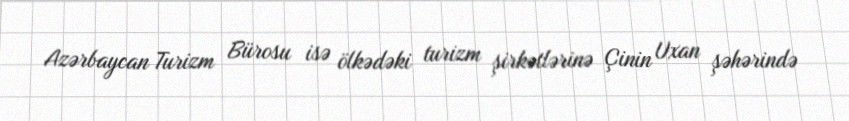
Azərbaycan Turizm Bürosu isə ölkədəki turizm şirkətlərinə Çinin Uxan şəhərində